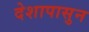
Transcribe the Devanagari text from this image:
देशापासुन